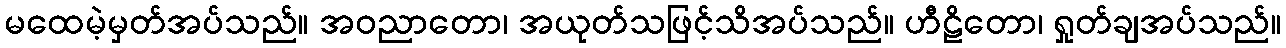
မထေမဲ့မှတ်အပ်သည်။ အဝညာတော၊ အယုတ်သဖြင့်သိအပ်သည်။ ဟီဠိတော၊ ရှုတ်ချအပ်သည်။